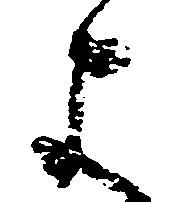
よ